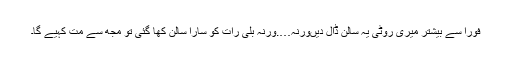
فوراً سے بیشتر میری روٹی یہ سالن ڈال دیںورنہ….ورنہ بلی رات کو سارا سالن کھا گئی تو مجھ سے مت کہیے گا۔